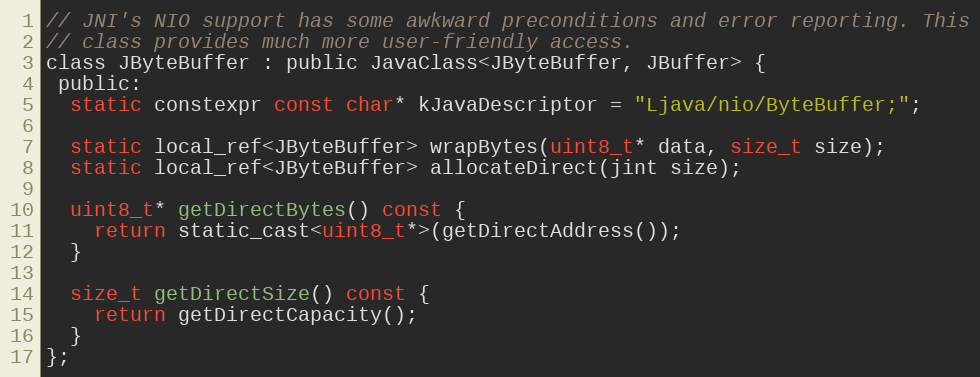
Language: C
// JNI's NIO support has some awkward preconditions and error reporting. This
// class provides much more user-friendly access.
class JByteBuffer : public JavaClass<JByteBuffer, JBuffer> {
 public:
  static constexpr const char* kJavaDescriptor = "Ljava/nio/ByteBuffer;";

  static local_ref<JByteBuffer> wrapBytes(uint8_t* data, size_t size);
  static local_ref<JByteBuffer> allocateDirect(jint size);

  uint8_t* getDirectBytes() const {
    return static_cast<uint8_t*>(getDirectAddress());
  }

  size_t getDirectSize() const {
    return getDirectCapacity();
  }
};